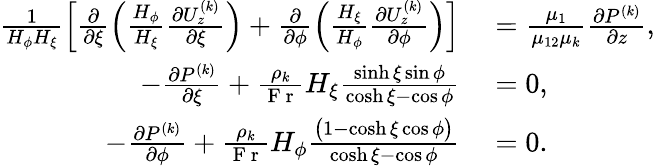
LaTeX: \begin{array}{rl}{\frac{1}{H_{\phi}H_{\xi}}\left[\frac{\partial}{\partial\xi}\left(\frac{H_{\phi}}{H_{\xi}}\frac{\partial U_{z}^{(k)}}{\partial\xi}\right)+\frac{\partial}{\partial\phi}\left(\frac{H_{\xi}}{H_{\phi}}\frac{\partial U_{z}^{(k)}}{\partial\phi}\right)\right]}&{{}=\frac{\mu_{1}}{\mu_{12}\mu_{k}}\frac{\partial P^{(k)}}{\partial z},}\\ {-\frac{\partial P^{(k)}}{\partial\xi}+\frac{\rho_{k}}{\mathrm{~F~r~}}H_{\xi}\frac{\sinh\xi\sin\phi}{\cosh\xi-\cos\phi}}&{{}=0,}\\ {-\frac{\partial P^{(k)}}{\partial\phi}+\frac{\rho_{k}}{\mathrm{~F~r~}}H_{\phi}\frac{\bigl(1-\cosh\xi\cos\phi\bigr)}{\cosh\xi-\cos\phi}}&{{}=0.}\end{array}